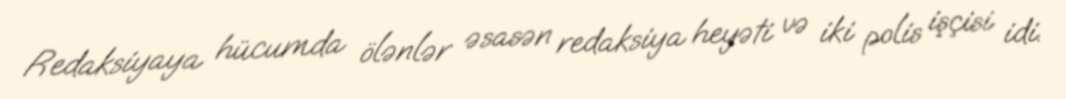
Redaksiyaya hücumda ölənlər əsasən redaksiya heyəti və iki polis işçisi idi.